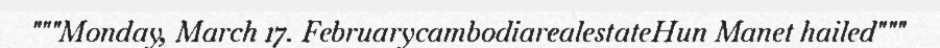
"""Monday, March 17. FebruarycambodiarealestateHun Manet hailed"""